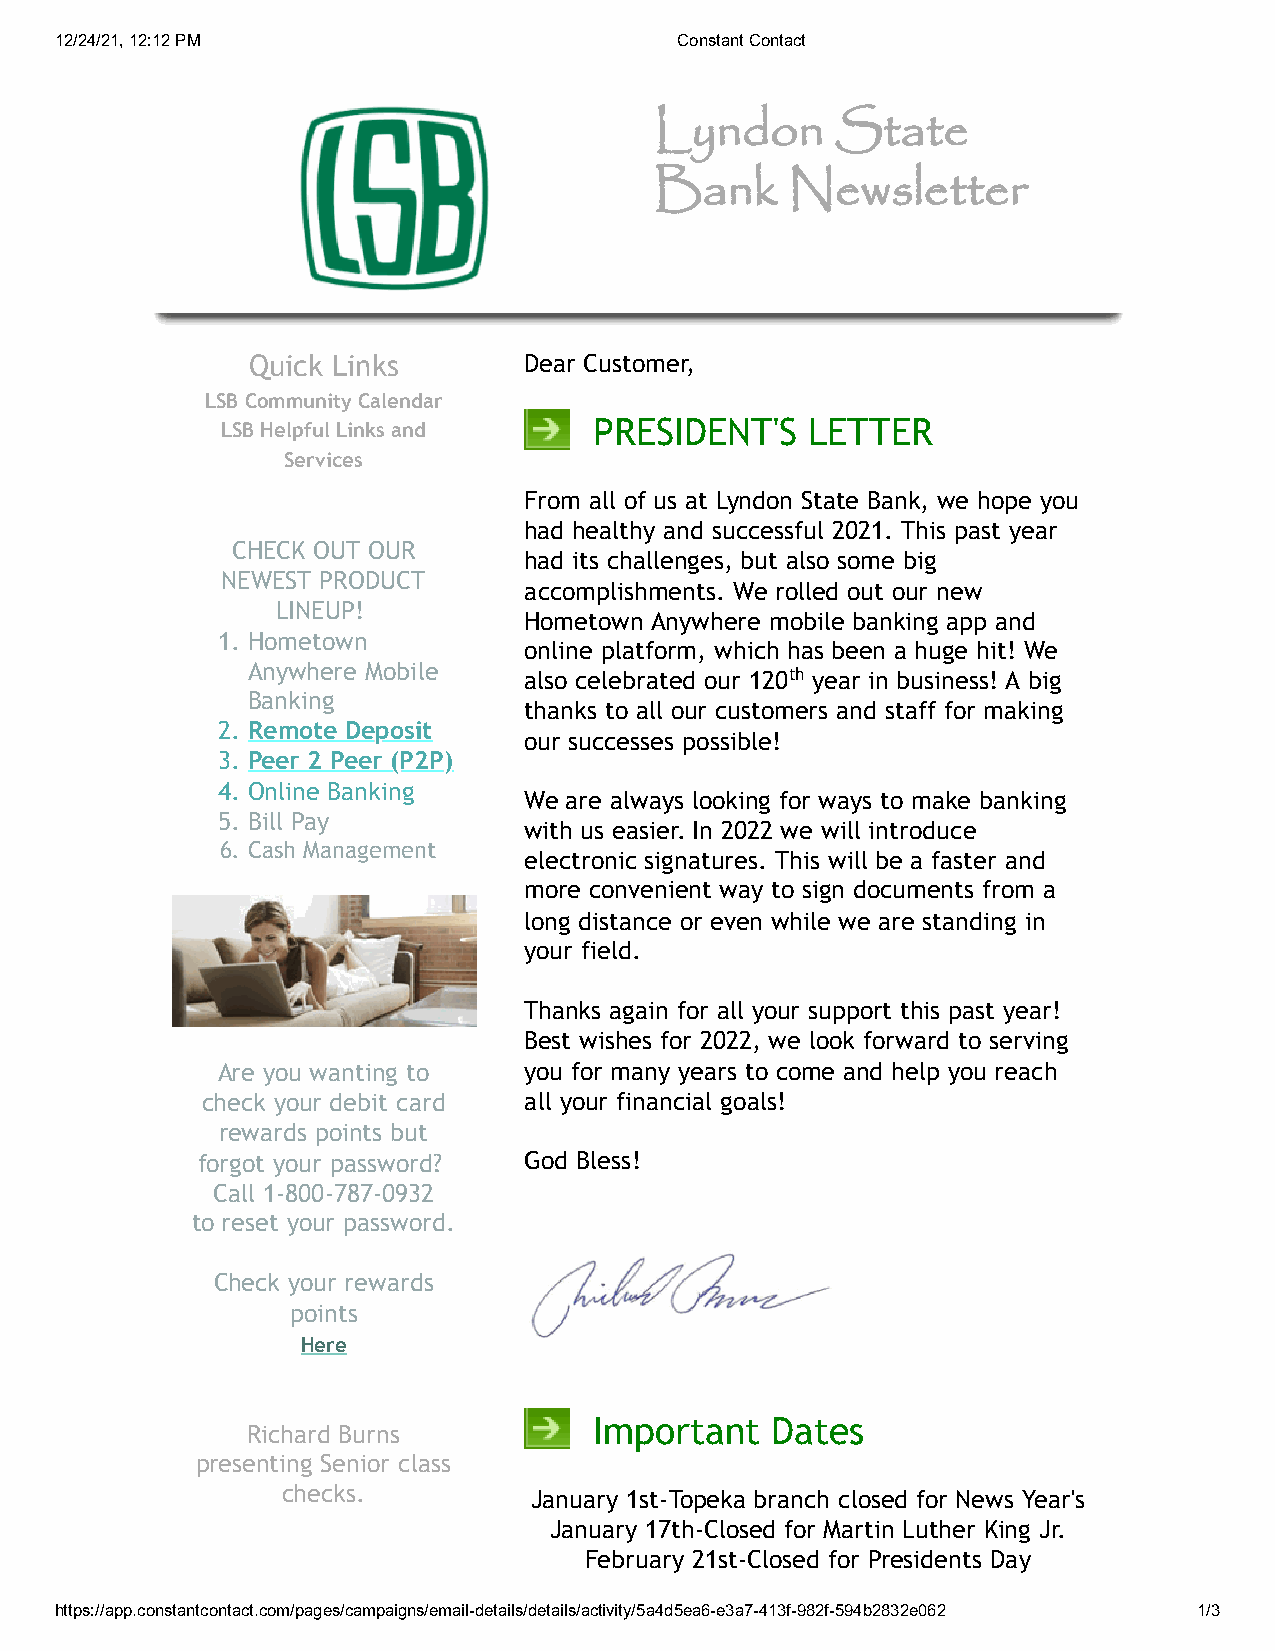
12/24/21, 12:12 PM                       Constant Contact
 Lyndon      State
 Bank     Newsletter
 Quick Links        Dear Customer,
 LSB Community Calendar
 LSB Helpful Links and   PRESIDENT'S    LETTER
 Services
 From all of us at Lyndon State Bank, we hope you
 had healthy and successful 2021. This past year
 CHECK OUT OUR
 had its challenges, but also some big
 NEWEST PRODUCT
 accomplishments. We rolled out our new
 LINEUP!
 Hometown Anywhere mobile banking app and
 1. Hometown
 online platform, which has been a huge hit! We
 Anywhere Mobile    also celebrated our 120th year in business! A big
 Banking
 thanks to all our customers and staff for making
 2. Remote Deposit
 our successes possible!
 3. Peer 2 Peer (P2P)
 4. Online Banking
 We are always looking for ways to make banking
 5. Bill Pay
 with us easier. In 2022 we will introduce
 6. Cash Management
 electronic signatures. This will be a faster and
 more convenient way to sign documents from a
 long distance or even while we are standing in
 your field.
 Thanks again for all your support this past year!
 Best wishes for 2022, we look forward to serving
 Are you wanting to   you for many years to come and help you reach
 check your debit card all your financial goals!
 rewards points but
 forgot your password? God Bless!
 Call 1-800-787-0932
 to reset your password.
 Check your rewards
 points
 Here
 Important   Dates
 Richard Burns
 presenting Senior class
 checks.         January 1st-Topeka branch closed for News Year's
 January 17th-Closed for Martin Luther King Jr.
 February 21st-Closed for Presidents Day
 https://app.constantcontact.com/pages/campaigns/email-details/details/activity/5a4d5ea6-e3a7-413f-982f-594b2832e062 1/3